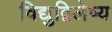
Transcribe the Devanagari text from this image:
विद्युद्विलेष्य